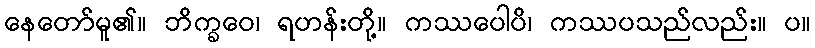
နေတော်မူ၏။ ဘိက္ခဝေ၊ ရဟန်းတို့။ ကဿပေါပိ၊ ကဿပသည်လည်း။ ပ။